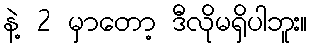
နဲ့ 2 မှာတော့ ဒီလိုမရှိပါဘူး။